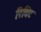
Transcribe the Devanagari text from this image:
रिविट